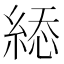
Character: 𦁔